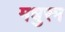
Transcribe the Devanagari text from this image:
मधुरम